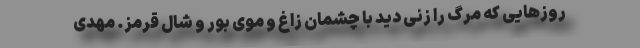
روزهایی که مرگ را زنی دید با چشمان زاغ و موی بور و شال قرمز. مهدی